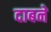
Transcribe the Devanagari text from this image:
दाबने